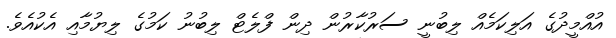
އުއްމީދުގެ އަލިކަމެއް ލިބުނީ ސަރުކާރުން ދިން ފްލެޓް ލިބުނު ކަމުގެ ލިޔުމާއި އެކުއެވެ.